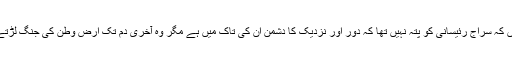
ایسا نہیں کہ سراج رئیسانی کو پتہ نہیں تھا کہ دور اور نزدیک کا دشمن ان کی تاک میں ہے مگر وہ آخری دم تک ارض وطن کی جنگ لڑتے رہے۔